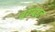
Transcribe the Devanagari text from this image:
वराबद्दल